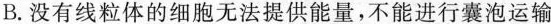
B.没有线粒体的细胞无法提供能量，不能进行囊泡运输